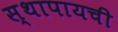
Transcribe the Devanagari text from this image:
स्थापायची